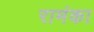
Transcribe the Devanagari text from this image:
रामंका